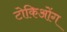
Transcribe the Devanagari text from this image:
टोकिओंग